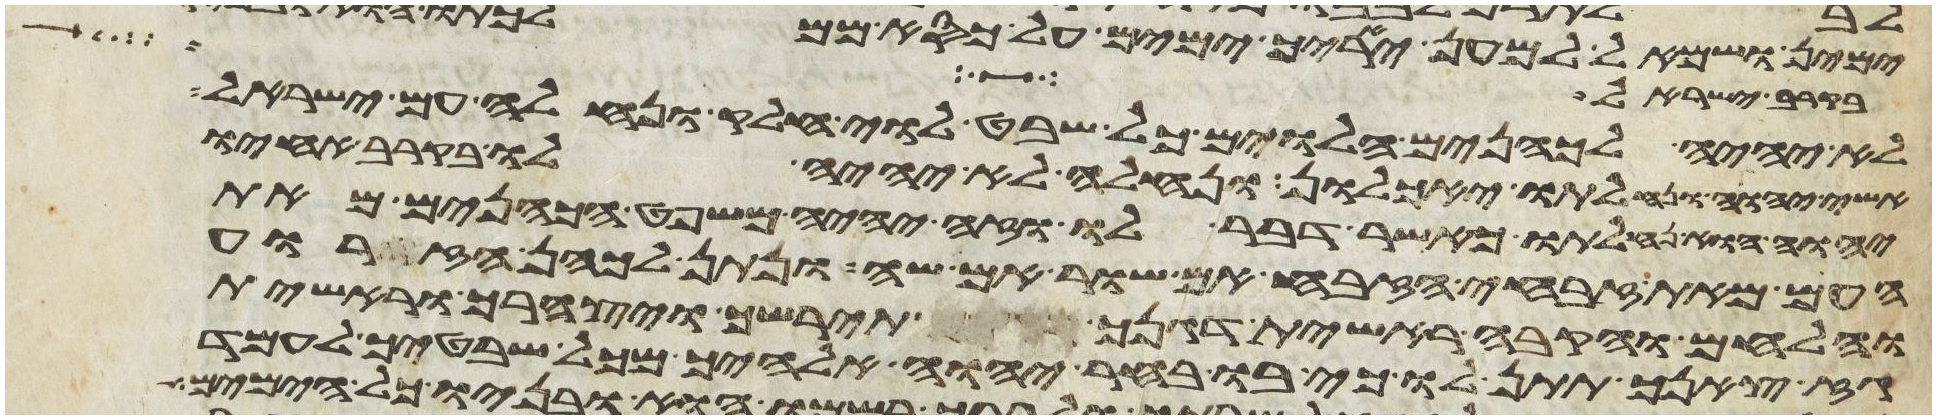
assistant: בקרב ישראל
לא יהיה לכהנים הלוים כל שבט לוי חלק ונחלה עם ישראל
אשי יהוה ונחלתו יאכלון ונחלה לא יהיה לו בקרב אחיו
יהוה הוא נחלתו כאשר דבר לו וזה יהיה משפט הכהנים מאת
העם מאת זבחי הזבח אם שור אם שה ונתן לכהן הזרוע
והלחים והקבה ראשית דגנך תירשך ויצהרך וראשית
גז צאנך תתן לו כי בו בחר יהוה אלהיך מכל שבטיך לעמד